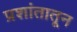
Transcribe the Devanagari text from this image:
प्रशांतातून